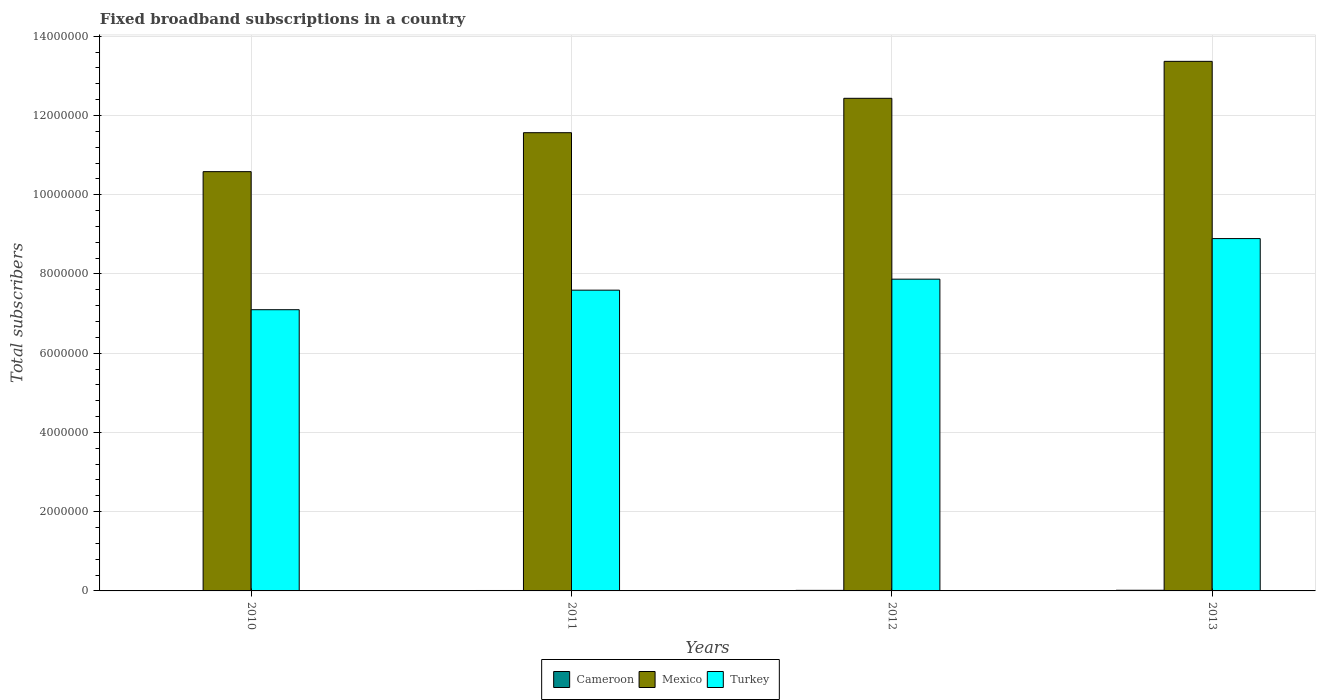
| Years | Cameroon | Mexico | Turkey |
 | --- | --- | --- | --- |
 | 2010 | 5.95e+03 | 1.06e+07 | 7.1e+06 |
 | 2011 | 1.07e+04 | 1.16e+07 | 7.59e+06 |
 | 2012 | 1.38e+04 | 1.24e+07 | 7.87e+06 |
 | 2013 | 1.69e+04 | 1.34e+07 | 8.89e+06 |